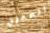
المحزن